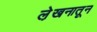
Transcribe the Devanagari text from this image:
ले़खनातून